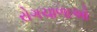
રોગચાળાઓ